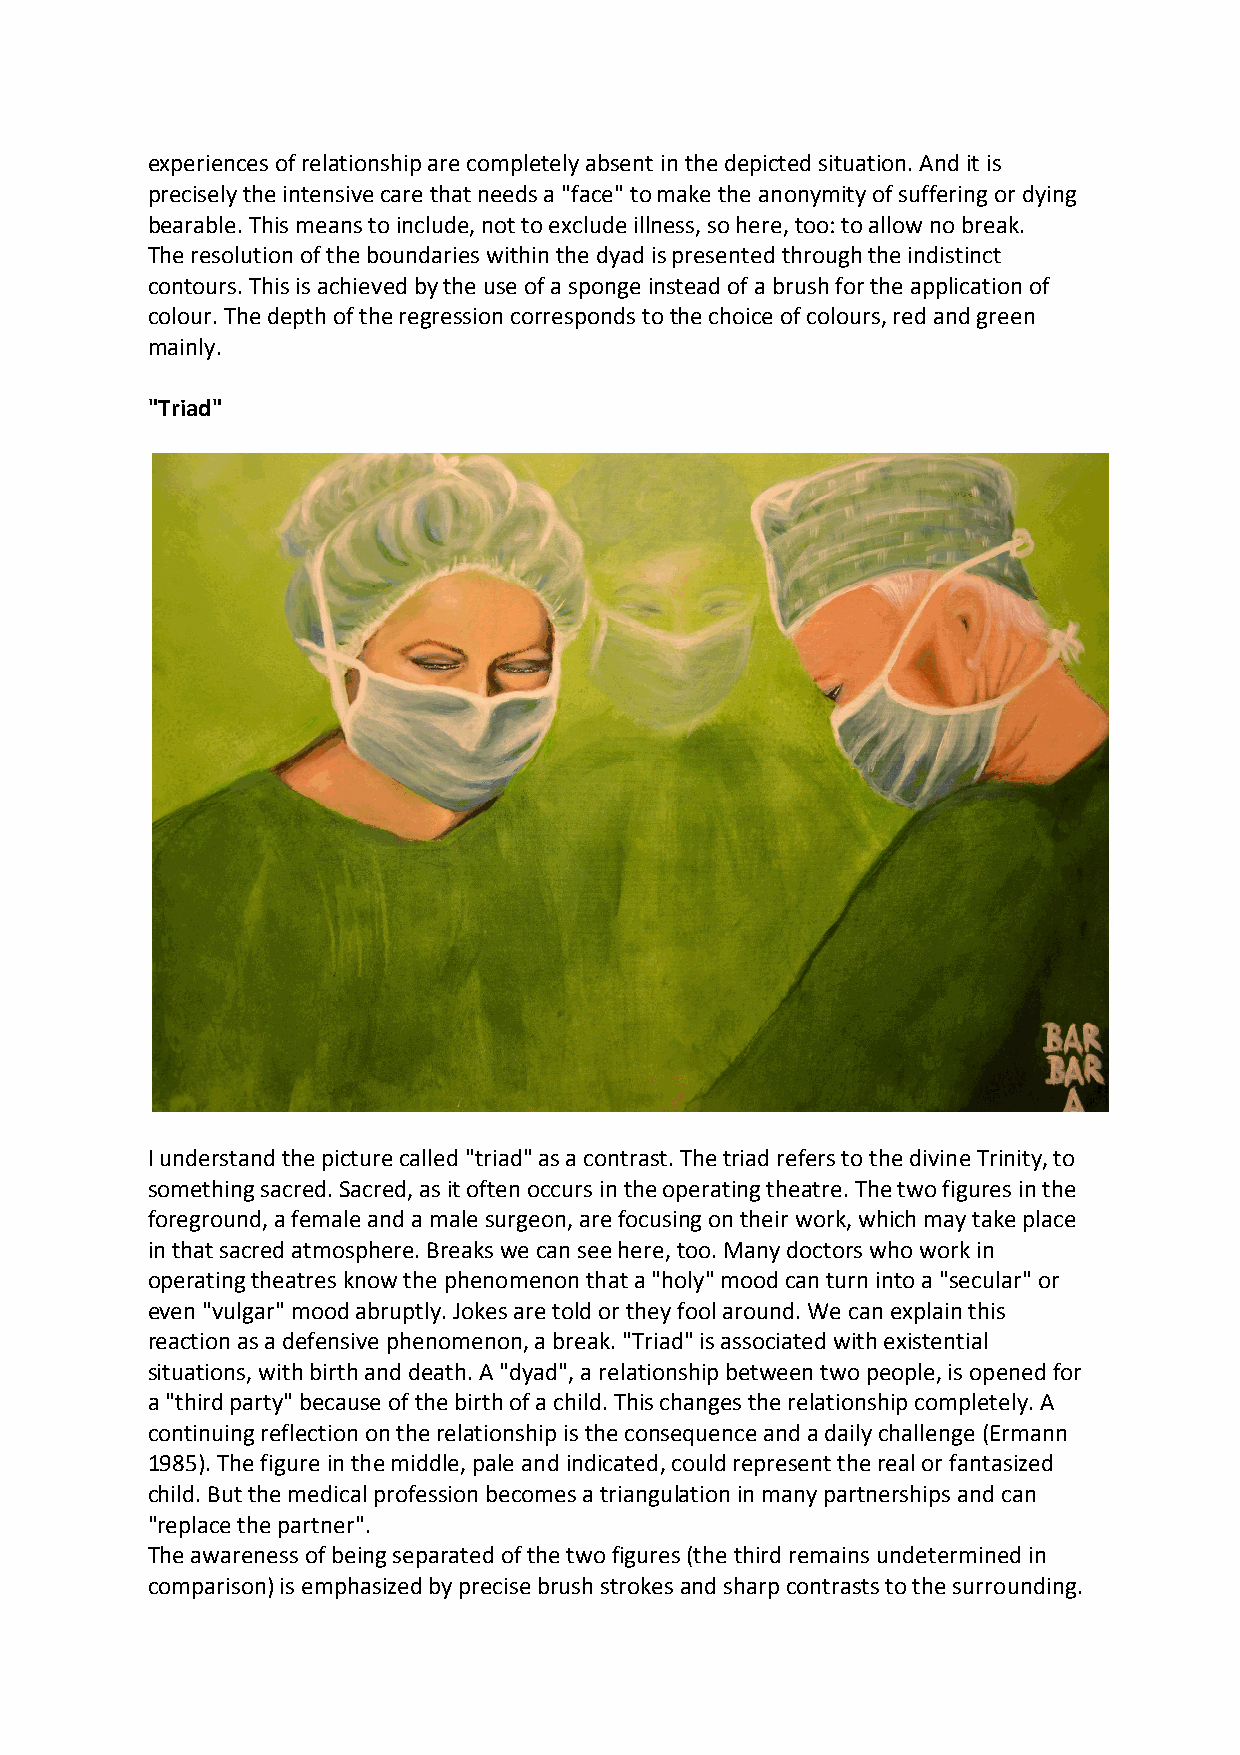
experiences of relationship are completely absent in the depicted situation. And it is
 precisely the intensive care that needs a "face" to make the anonymity of suffering or dying
 bearable. This means to include, not to exclude illness, so here, too: to allow no break.
 The resolution of the boundaries within the dyad is presented through the indistinct
 contours. This is achieved by the use of a sponge instead of a brush for the application of
 colour. The depth of the regression corresponds to the choice of colours, red and green
 mainly.
 "Triad"
 I understand the picture called "triad" as a contrast. The triad refers to the divine Trinity, to
 something sacred. Sacred, as it often occurs in the operating theatre. The two figures in the
 foreground, a female and a male surgeon, are focusing on their work, which may take place
 in that sacred atmosphere. Breaks we can see here, too. Many doctors who work in
 operating theatres know the phenomenon that a "holy" mood can turn into a "secular" or
 even "vulgar" mood abruptly. Jokes are told or they fool around. We can explain this
 reaction as a defensive phenomenon, a break. "Triad" is associated with existential
 situations, with birth and death. A "dyad", a relationship between two people, is opened for
 a "third party" because of the birth of a child. This changes the relationship completely. A
 continuing reflection on the relationship is the consequence and a daily challenge (Ermann
 1985). The figure in the middle, pale and indicated, could represent the real or fantasized
 child. But the medical profession becomes a triangulation in many partnerships and can
 "replace the partner".
 The awareness of being separated of the two figures (the third remains undetermined in
 comparison) is emphasized by precise brush strokes and sharp contrasts to the surrounding.